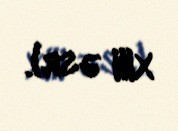
XIII əsr).